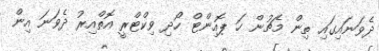
ދެވަނައިގައި ތިން މެޗުން ހަ ޕޮއިންޓް ހޯދި ވިކްޓްރީ އޮތްއިރު ދެވަނަ އިން